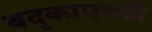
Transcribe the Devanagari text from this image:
बद्काएवढी